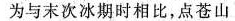
为与末次冰期时相比，点苍山